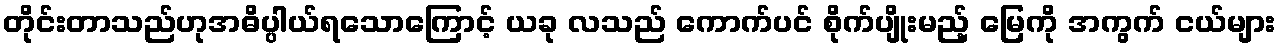
တိုင်းတာသည်ဟုအဓိပ္ပါယ်ရသောကြောင့် ယခု လသည် ကောက်ပင် စိုက်ပျိုးမည့် မြေကို အကွက် ငယ်များ